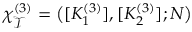
\chi _ { \mathcal { T } } ^ { ( 3 ) } = \big ( [ K _ { 1 } ^ { ( 3 ) } ] , [ K _ { 2 } ^ { ( 3 ) } ] ; N \big )